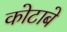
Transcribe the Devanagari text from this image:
कोटाबे